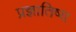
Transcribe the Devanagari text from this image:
प्रज्ञातिष्य